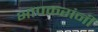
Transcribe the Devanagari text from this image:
भापकरांनी